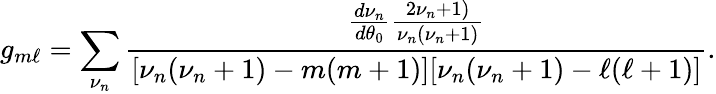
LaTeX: g_{m\ell}=\sum_{\nu_{n}}\frac{\frac{d\nu_{n}}{d\theta_{0}}\frac{2\nu_{n}+1)}{\nu_{n}(\nu_{n}+1)}}{[\nu_{n}(\nu_{n}+1)-m(m+1)][\nu_{n}(\nu_{n}+1)-\ell(\ell+1)]}.